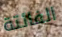
الفائتة